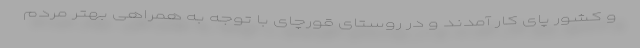
و کشور پای کار آمدند و در روستای قورچای با توجه به همراهی بهتر مردم